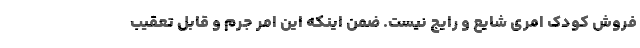
فروش کودک امری شایع و رایج نیست. ضمن اینکه این امر جرم و قابل تعقیب